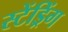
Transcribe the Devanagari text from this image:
स्टेंड्रिंग